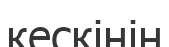
кескінін